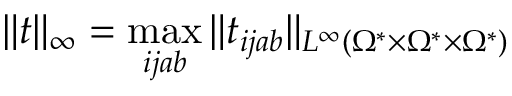
\| t \| _ { \infty } = \operatorname* { m a x } _ { i j a b } \| t _ { i j a b } \| _ { L ^ { \infty } ( \Omega ^ { * } \times \Omega ^ { * } \times \Omega ^ { * } ) }